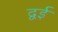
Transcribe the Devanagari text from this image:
द्वई